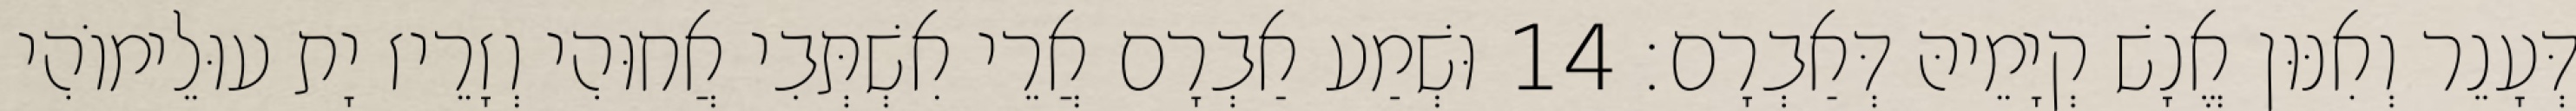
דְּעָנֵר וְאִנּוּן אֱנָשׁ קְיָמֵיהּ דְּאַבְרָם׃ 14 וּשְׁמַע אַבְרָם אֲרֵי אִשְׁתְּבִי אֲחוּהִי וְזָרֵיז יָת עוּלֵימוֹהִי